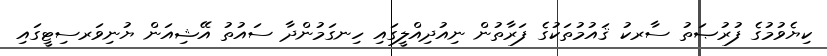
ކިޔެވުމުގެ ފުރުޞަތު ސާރކު ޤައުމުތަކުގެ ފަރާތުން ނިއުދިއްލީގައި ހިނގަމުންދާ ސައުތު އޭޝިއަން ޔުނިވަރސިޓީގައި